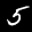
Label: 5